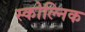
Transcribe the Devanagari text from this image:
स्कोल्निक